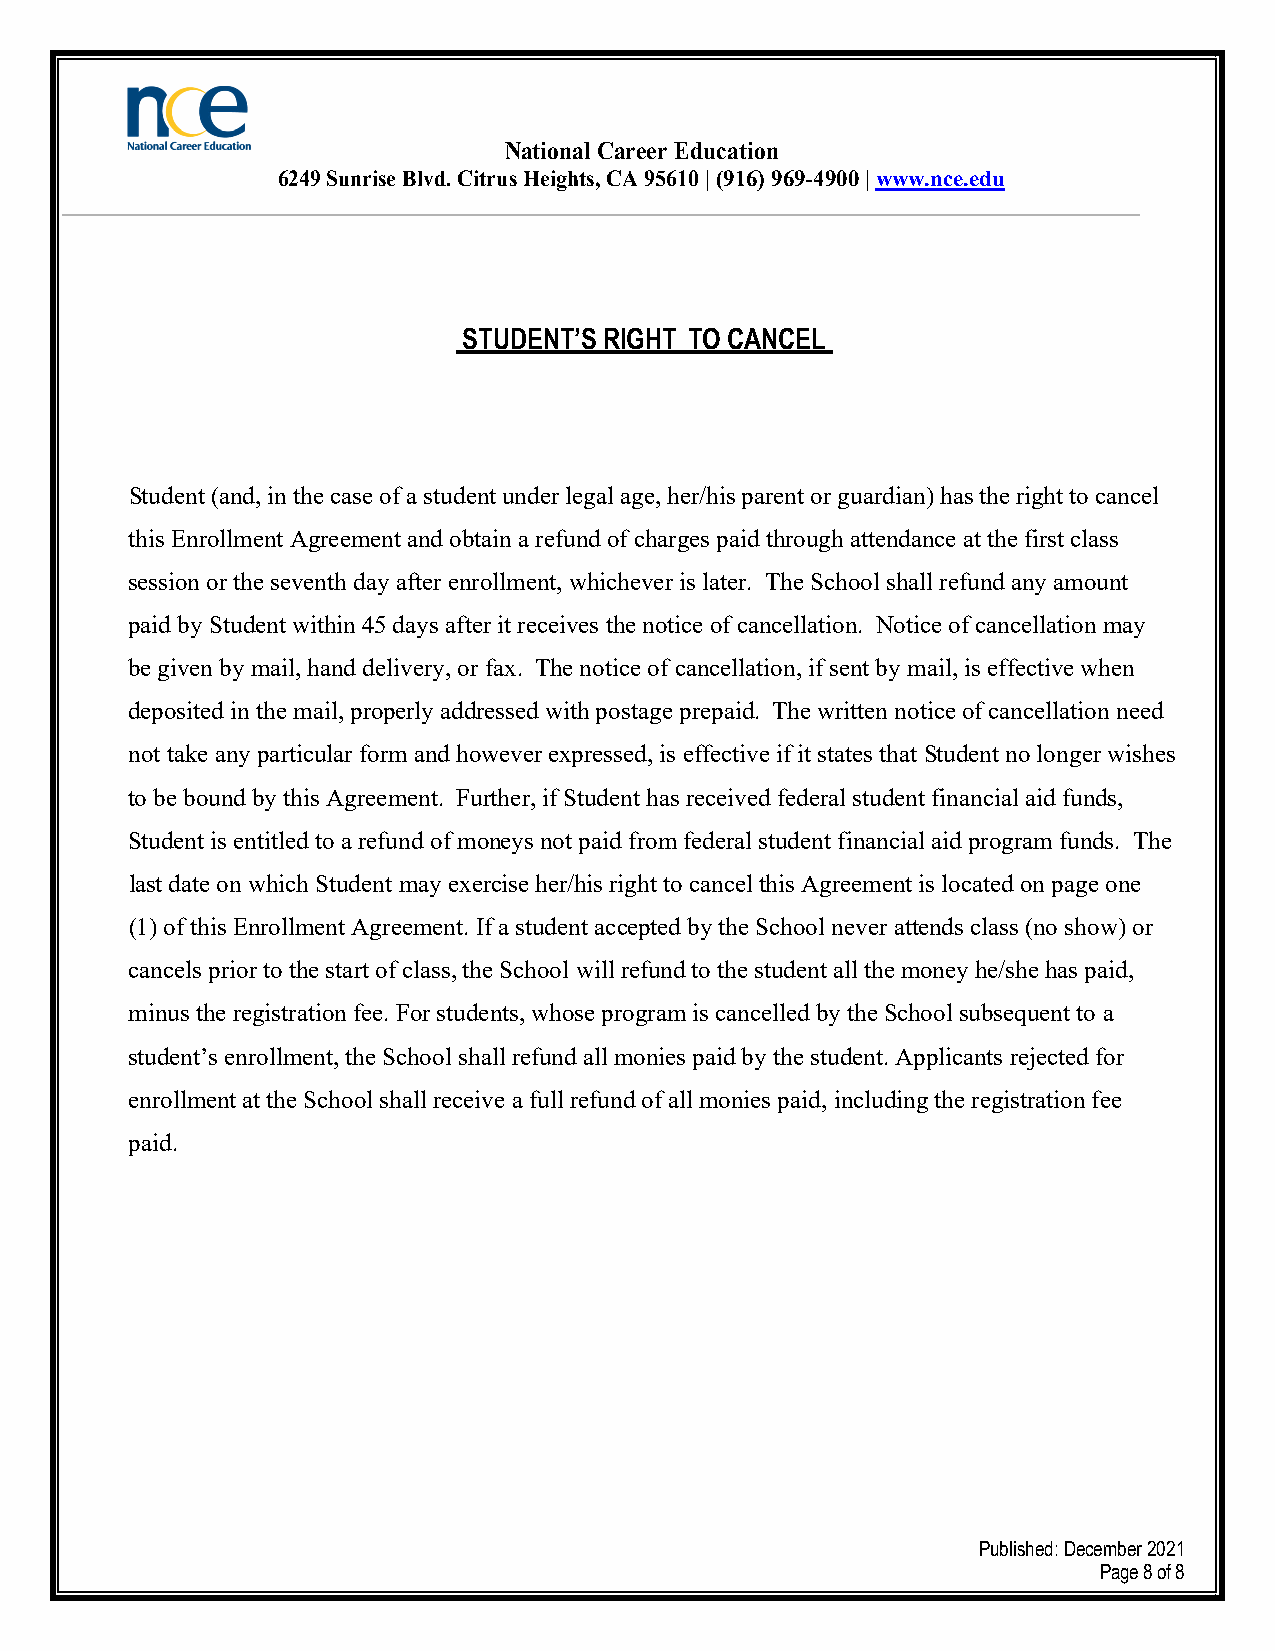
National Career Education
 6249 Sunrise Blvd. Citrus Heights, CA 95610 | (916) 969-4900 | www.nce.edu
 STUDENT’S RIGHT TO CANCEL
 Student (and, in the case of a student under legal age, her/his parent or guardian) has the right to cancel
 this Enrollment Agreement and obtain a refund of charges paid through attendance at the first class
 session or the seventh day after enrollment, whichever is later. The School shall refund any amount
 paid by Student within 45 days after it receives the notice of cancellation. Notice of cancellation may
 be given by mail, hand delivery, or fax. The notice of cancellation, if sent by mail, is effective when
 deposited in the mail, properly addressed with postage prepaid. The written notice of cancellation need
 not take any particular form and however expressed, is effective if it states that Student no longer wishes
 to be bound by this Agreement. Further, if Student has received federal student financial aid funds,
 Student is entitled to a refund of moneys not paid from federal student financial aid program funds. The
 last date on which Student may exercise her/his right to cancel this Agreement is located on page one
 (1) of this Enrollment Agreement. If a student accepted by the School never attends class (no show) or
 cancels prior to the start of class, the School will refund to the student all the money he/she has paid,
 minus the registration fee. For students, whose program is cancelled by the School subsequent to a
 student’s enrollment, the School shall refund all monies paid by the student. Applicants rejected for
 enrollment at the School shall receive a full refund of all monies paid, including the registration fee
 paid.
 Published: December 2021
 Page 8 of 8